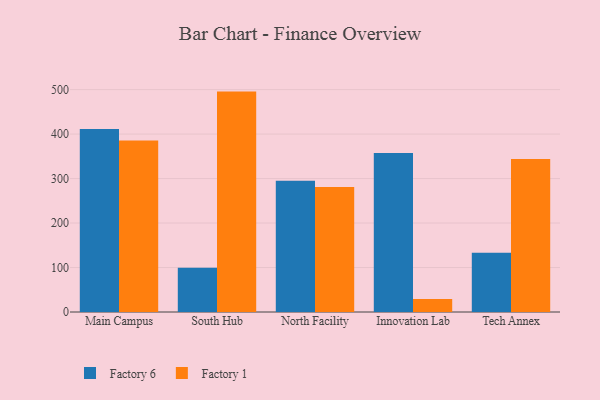
{"axis": {"x": "Campus", "y": "Operating Costs (USD K)"}, "legend": ["Factory 1", "Factory 6"], "data": [{"x": "Main Campus", "y": 411.2, "type": "Factory 6"}, {"x": "Main Campus", "y": 385.8, "type": "Factory 1"}, {"x": "South Hub", "y": 99.7, "type": "Factory 6"}, {"x": "South Hub", "y": 495.5, "type": "Factory 1"}, {"x": "North Facility", "y": 295.2, "type": "Factory 6"}, {"x": "North Facility", "y": 281.3, "type": "Factory 1"}, {"x": "Innovation Lab", "y": 357.4, "type": "Factory 6"}, {"x": "Innovation Lab", "y": 29.2, "type": "Factory 1"}, {"x": "Tech Annex", "y": 133.1, "type": "Factory 6"}, {"x": "Tech Annex", "y": 344.1, "type": "Factory 1"}]}